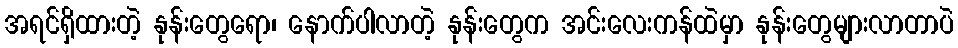
အရင်ရှိထားတဲ့ နုန်းတွေရော၊ နောက်ပါလာတဲ့ နုန်းတွေက အင်းလေးကန်ထဲမှာ နုန်းတွေများလာတာပဲ